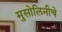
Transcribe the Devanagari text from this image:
मुसोलिनीचे